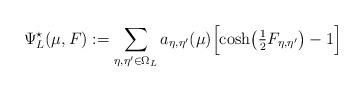
LaTeX: \begin{align*} \Psi^\star_L(\mu, F):= \sum_{\eta,\eta'\in\Omega_L} a_{\eta,\eta'}(\mu) \Bigl[\cosh\bigl(\tfrac 12 F_{\eta,\eta'}\bigr)-1\Bigr]\end{align*}